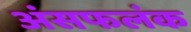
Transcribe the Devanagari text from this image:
अंसफलंक